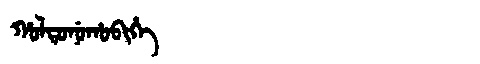
Manchu: ᡥᠣᠯᡨᠣᠨᡠᡥᠣᠪᡳᡥᡝ
Romanization: HOLTONUHOBIHE